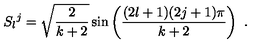
S _ { l } { } ^ { j } = \sqrt { \frac { 2 } { k + 2 } } \sin \left( \frac { ( 2 l + 1 ) ( 2 j + 1 ) \pi } { k + 2 } \right) \ .